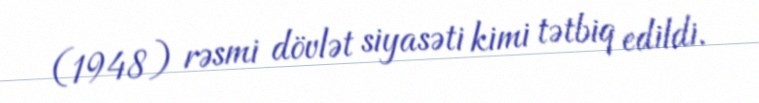
(1948) rəsmi dövlət siyasəti kimi tətbiq edildi.